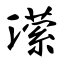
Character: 潆